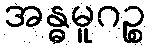
အန္ဓမူဂဉ္စ